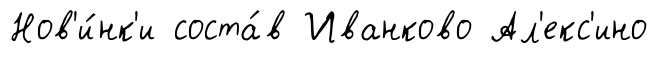
Нов'и́нк'и соста́в Иванково Ал'екс'ино